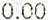
0.00